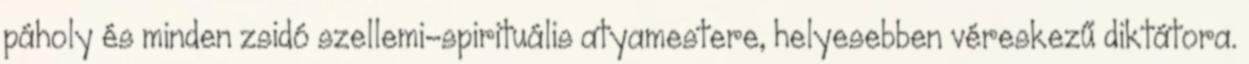
páholy és minden zsidó szellemi-spirituális atyamestere, helyesebben véreskezű diktátora.